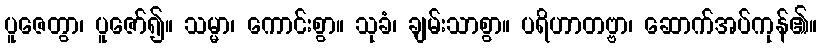
ပူဇေတွာ၊ ပူဇော်၍။ သမ္မာ၊ ကောင်းစွာ။ သုခံ၊ ချမ်းသာစွာ။ ပရိဟာတဗ္ဗာ၊ ဆောက်အပ်ကုန်၏။